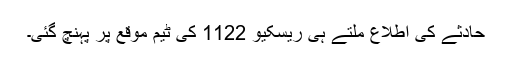
حادثے کی اطلاع ملتے ہی ریسکیو 1122 کی ٹیم موقع پر پہنچ گئی۔